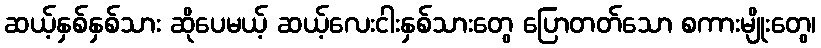
ဆယ့်နှစ်နှစ်သား ဆိုပေမယ့် ဆယ့်လေးငါးနှစ်သားတွေ ပြောတတ်သော စကားမျိုးတွေ၊